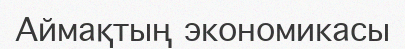
Аймақтың экономикасы